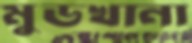
মুডখানা